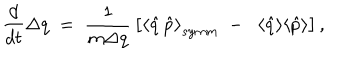
LaTeX: \frac { d } { d t } \Delta q \; = \; \frac { 1 } { m \Delta q } \, \big [ { \langle \hat { q } \, \hat { p } \rangle } _ { s y m m } \; - \; \; \langle \hat { q } \rangle \langle \hat { p } \rangle \big ] \, ,